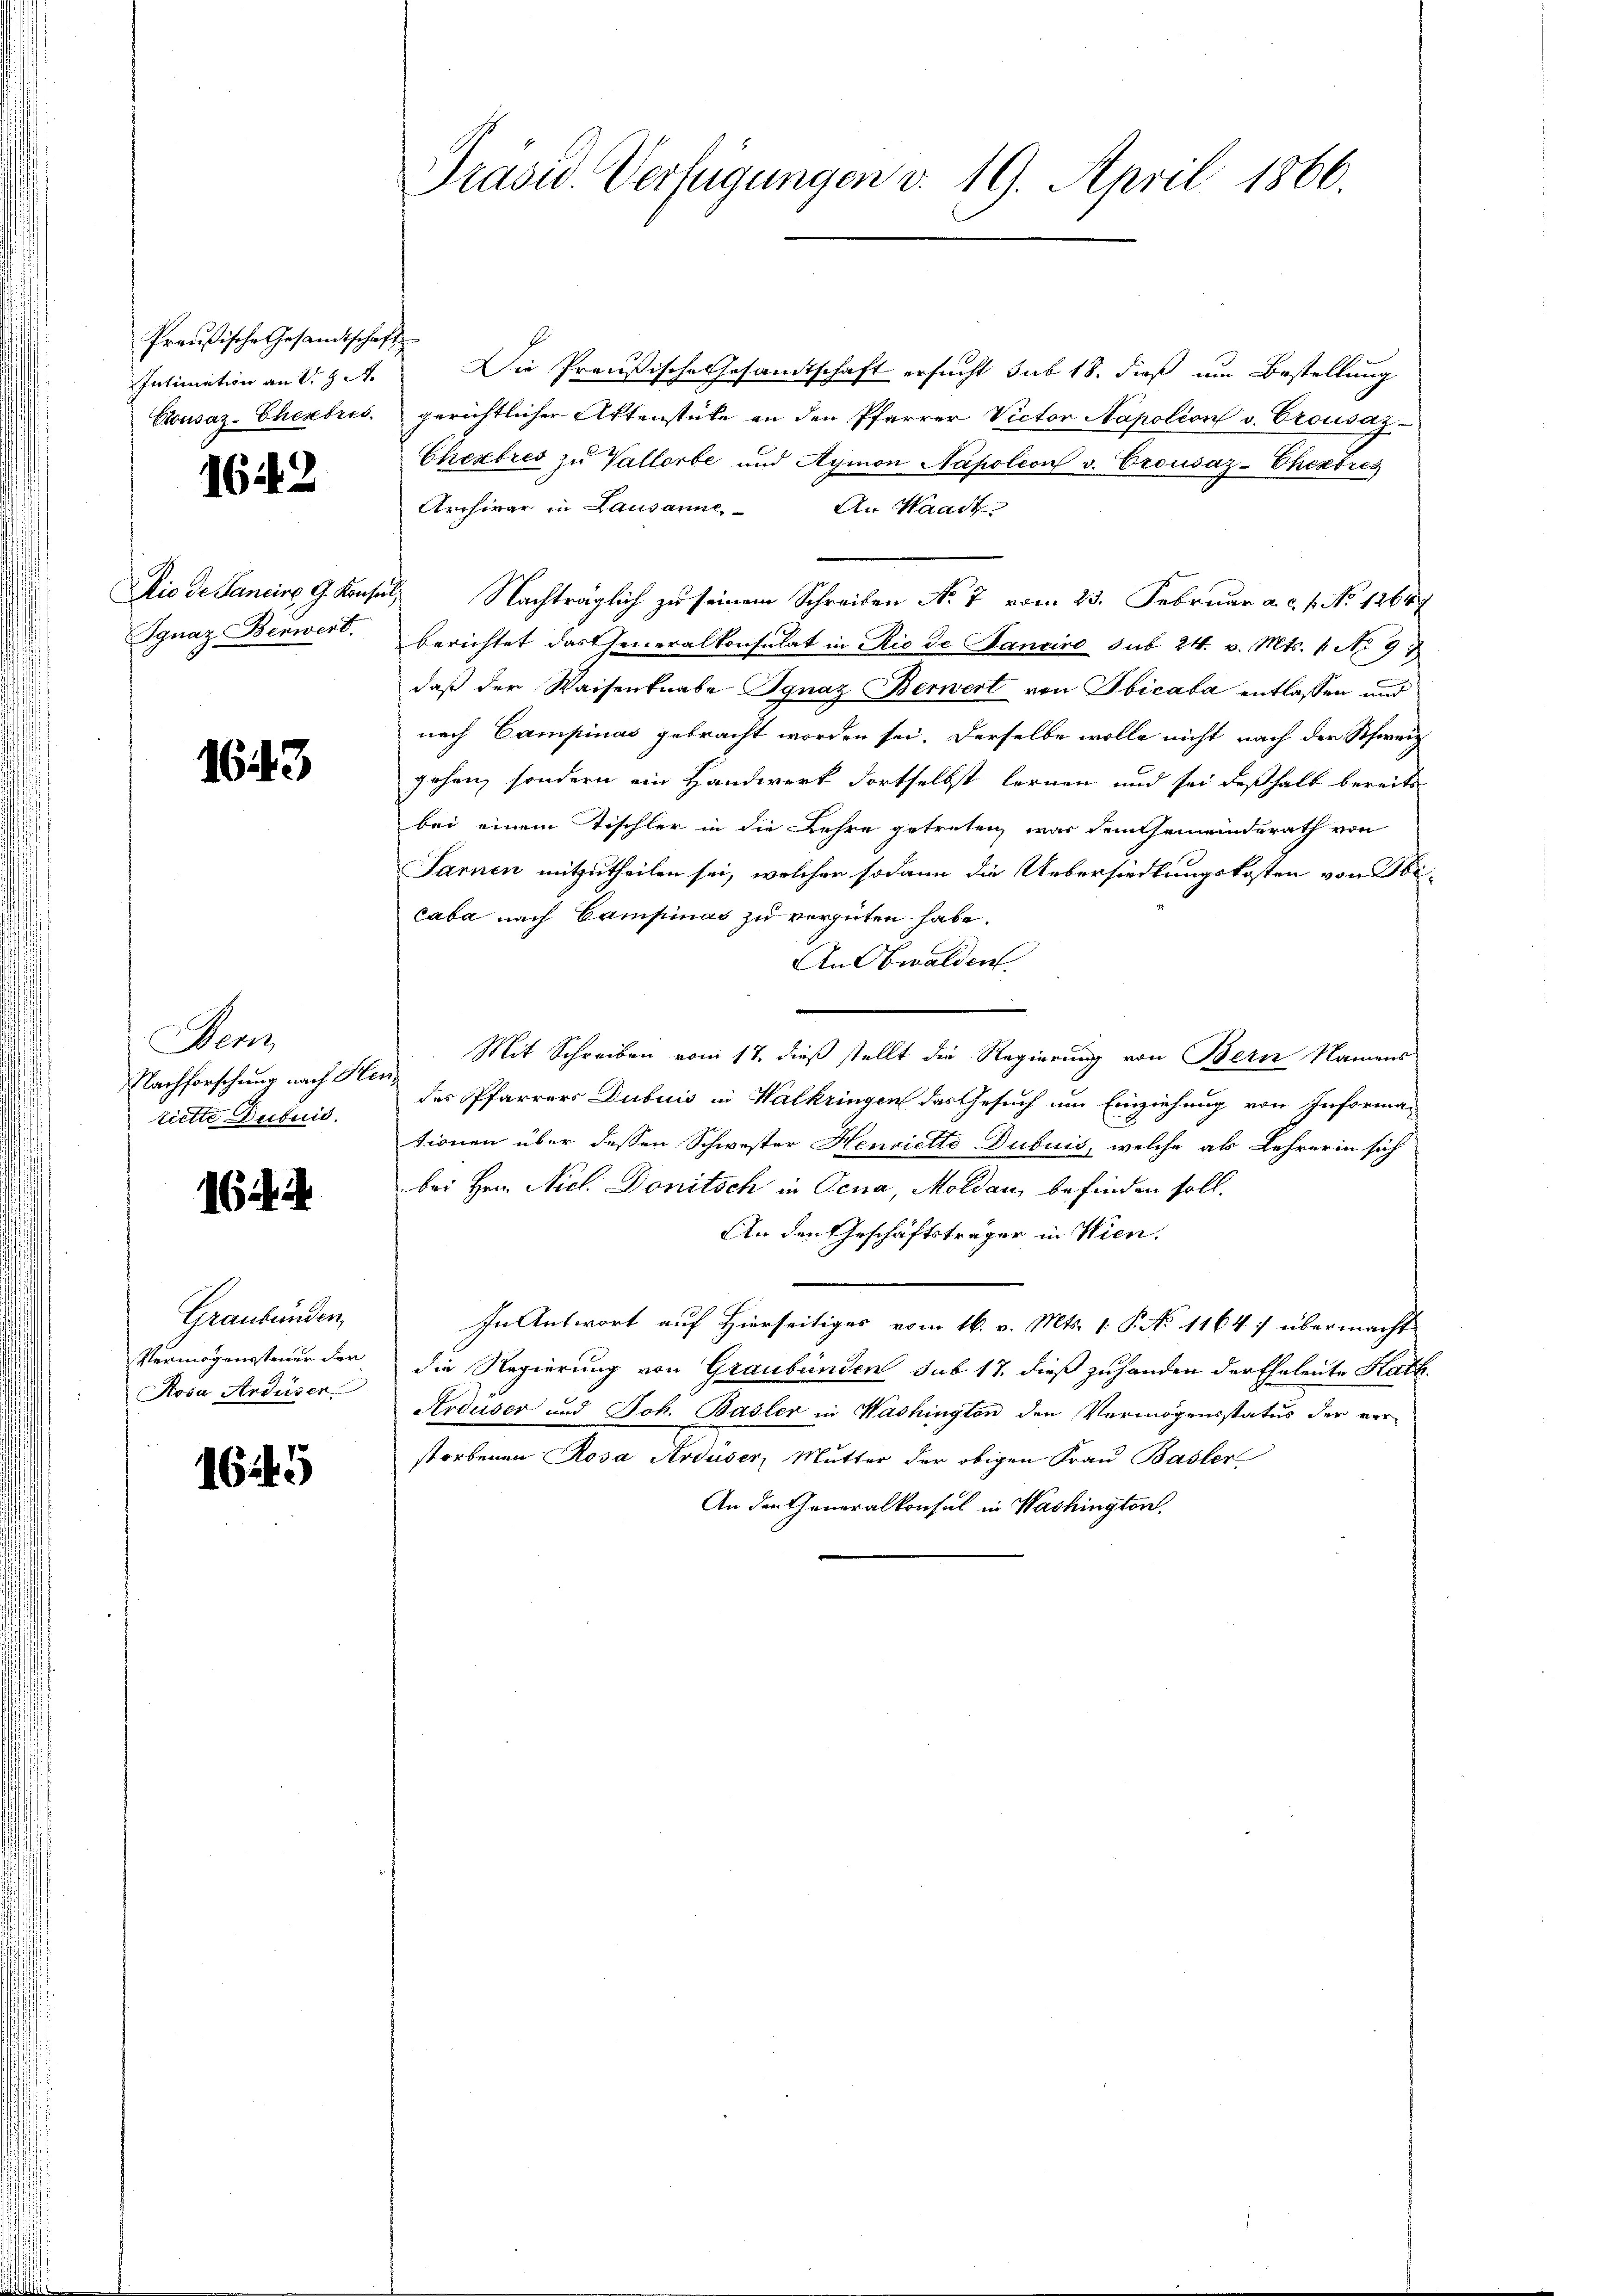
Preußische Gesandtschaft
Intimation an St.
Crousaz-Chembris.

1642

Ignaz Benwert.

1643

Denz
Nachforschung nach He
tiette Dubuid.

1644

Graubünden,
Vermögenssteuer der
Rosa Ardüsen

1645

Präsid. Verfügungen v. 19. April 1866.

Die Preußische Gesandtschaft ersucht sub 18. dieß um Bestellung
gerichtlicher Aktenstücke an den Pfarrer Victor Napolion v. Crousaz
Cherbres zu Vallorbe und Aymon Napoleon v. Crousaz-Chexbres
Archivar in Lausanne. An Waadt
Die de Sancins G. Konsel, Nachträglich zu seinem Schreiben No 7 vom 23. Februar a. c. 1. No 1264
berichtet das Generalkonsulat in Rio de Panciro sub 24. v. Mts. 1. No 91
daß der Waisenknabe Ignaz Berwert von Sbicata entlassen und
nach Campinas gebracht worden sei. Derselbe wolle nicht nach der Schweiz
gehen, sondern ein Handwerk dortselbst lernen und sei deßhalb bereits
bei einem Tischler in die Lehre getreten, war dem Gemeinderath von
Sarnen mitzutheilen sei, welcher sodann die Uebersiedlungskosten von Sbi-
caba nach Campias zu vergüten habe.
An Obwalden
Mit Schreiben vom 17. dieß stellt die Regierung von Bern Namens
des Pfarrers Dubuis in Walkringen das Gesuch um Einziehung von Informa-
tionen über dessen Schwester Henrietto Dubuis, welche als Lehrerin sich
bei Hrn. Nicl. Donitsch in Jena, Moldau, befinden soll.
An den Geschäftsträger in Wien.
In Antwort auf Hierseitiges vom 16. v. Mts. 1. P. No 1164: übermacht
die Regierung von Graubünden sub 17. dieß zuhanden der Eheleute Kath.
Areuser und Joh. Basler in Washington den Vermögensstatus der ver-
storbenen Rosa Arduser, Mutter der obigen Frau Basler
An den Generalkonsul in Washington.